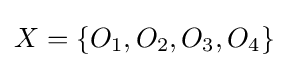
X=\{O_{1},O_{2},O_{3},O_{4}\}